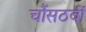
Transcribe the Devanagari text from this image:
चौंसठवीं